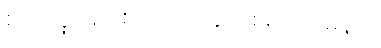
စိတ်လှုပ်ရှားစရာ ညနေ ဖြစ်မှာ အမှန်ပဲ။